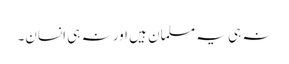
نہ ہی یہ مسلمان ہیں اور نہ ہی انسان۔